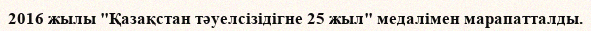
2016 жылы "Қазақстан тәуелсізідігне 25 жыл" медалімен марапатталды.